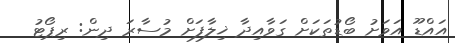
އައްޑޫ އަވަށު ބޯޑުތަކަށް ގަވާއިދާ ޚިލާފަށް މުސާރަ ދިން: ރިޕޯޓު